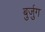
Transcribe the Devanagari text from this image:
बुर्जुग